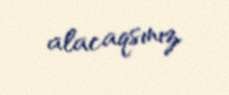
alacaqsınız.